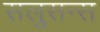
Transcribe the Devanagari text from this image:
सलुसन्स